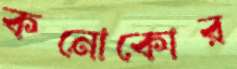
কনোকোর